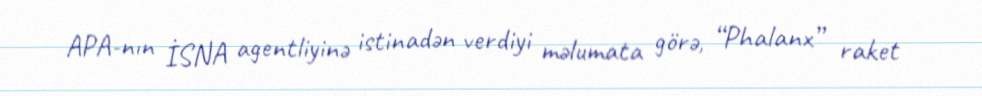
APA-nın İSNA agentliyinə istinadən verdiyi məlumata görə, “Phalanx” raket